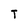
Character: T